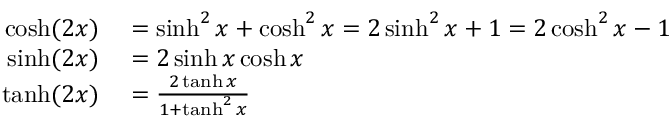
\begin{array} { r l } { \cosh ( 2 x ) } & { { } = \sinh ^ { 2 } { x } + \cosh ^ { 2 } { x } = 2 \sinh ^ { 2 } x + 1 = 2 \cosh ^ { 2 } x - 1 } \\ { \sinh ( 2 x ) } & { { } = 2 \sinh x \cosh x } \\ { \operatorname { t a n h } ( 2 x ) } & { { } = { \frac { 2 \operatorname { t a n h } x } { 1 + \operatorname { t a n h } ^ { 2 } x } } } \end{array}